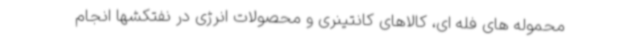
محموله های فله ای، کالاهای کانتینری و محصولات انرژی در نفتکشها انجام